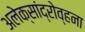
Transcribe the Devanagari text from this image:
अलेक्सांद्रोव्हना